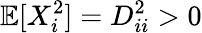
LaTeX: \mathbb{E}[X_{i}^{2}]=D_{ii}^{2}>0